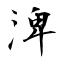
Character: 渒